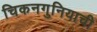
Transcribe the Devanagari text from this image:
चिकनगुनियाची